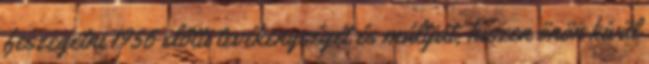
feszegetni 1956 előtti tevékenységét és múltját, hiszen önön kívül